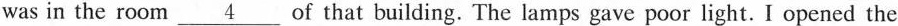
was in the room \underline{4} of that building. The lamps gave poor light. I opened the